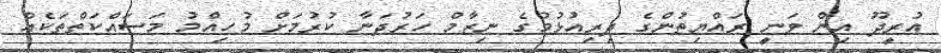
އުރީދޫ އިން ވަނީ ރައްޔިތުންގެ ދިރިއުޅުމުގެ ނިޒާމް ހަރުދަނާ ކުރުމަށް މުހިއްމު މަސައްކަތްތަކެއް